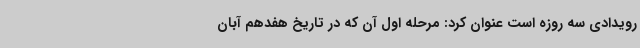
رویدادی سه روزه است عنوان کرد: مرحله اول آن که در تاریخ هفدهم آبان